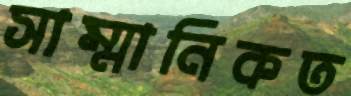
সাম্মানিকত